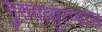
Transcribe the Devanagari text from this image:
गुरुवायुरप्पास